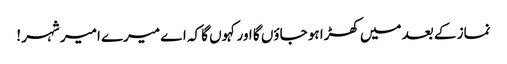
نماز کے بعد میں کھڑا ہو جاؤں گا اور کہوں گا کہ اے میرے امیر شہر !